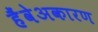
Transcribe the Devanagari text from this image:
हैंवेअकारण